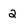
Character: 2